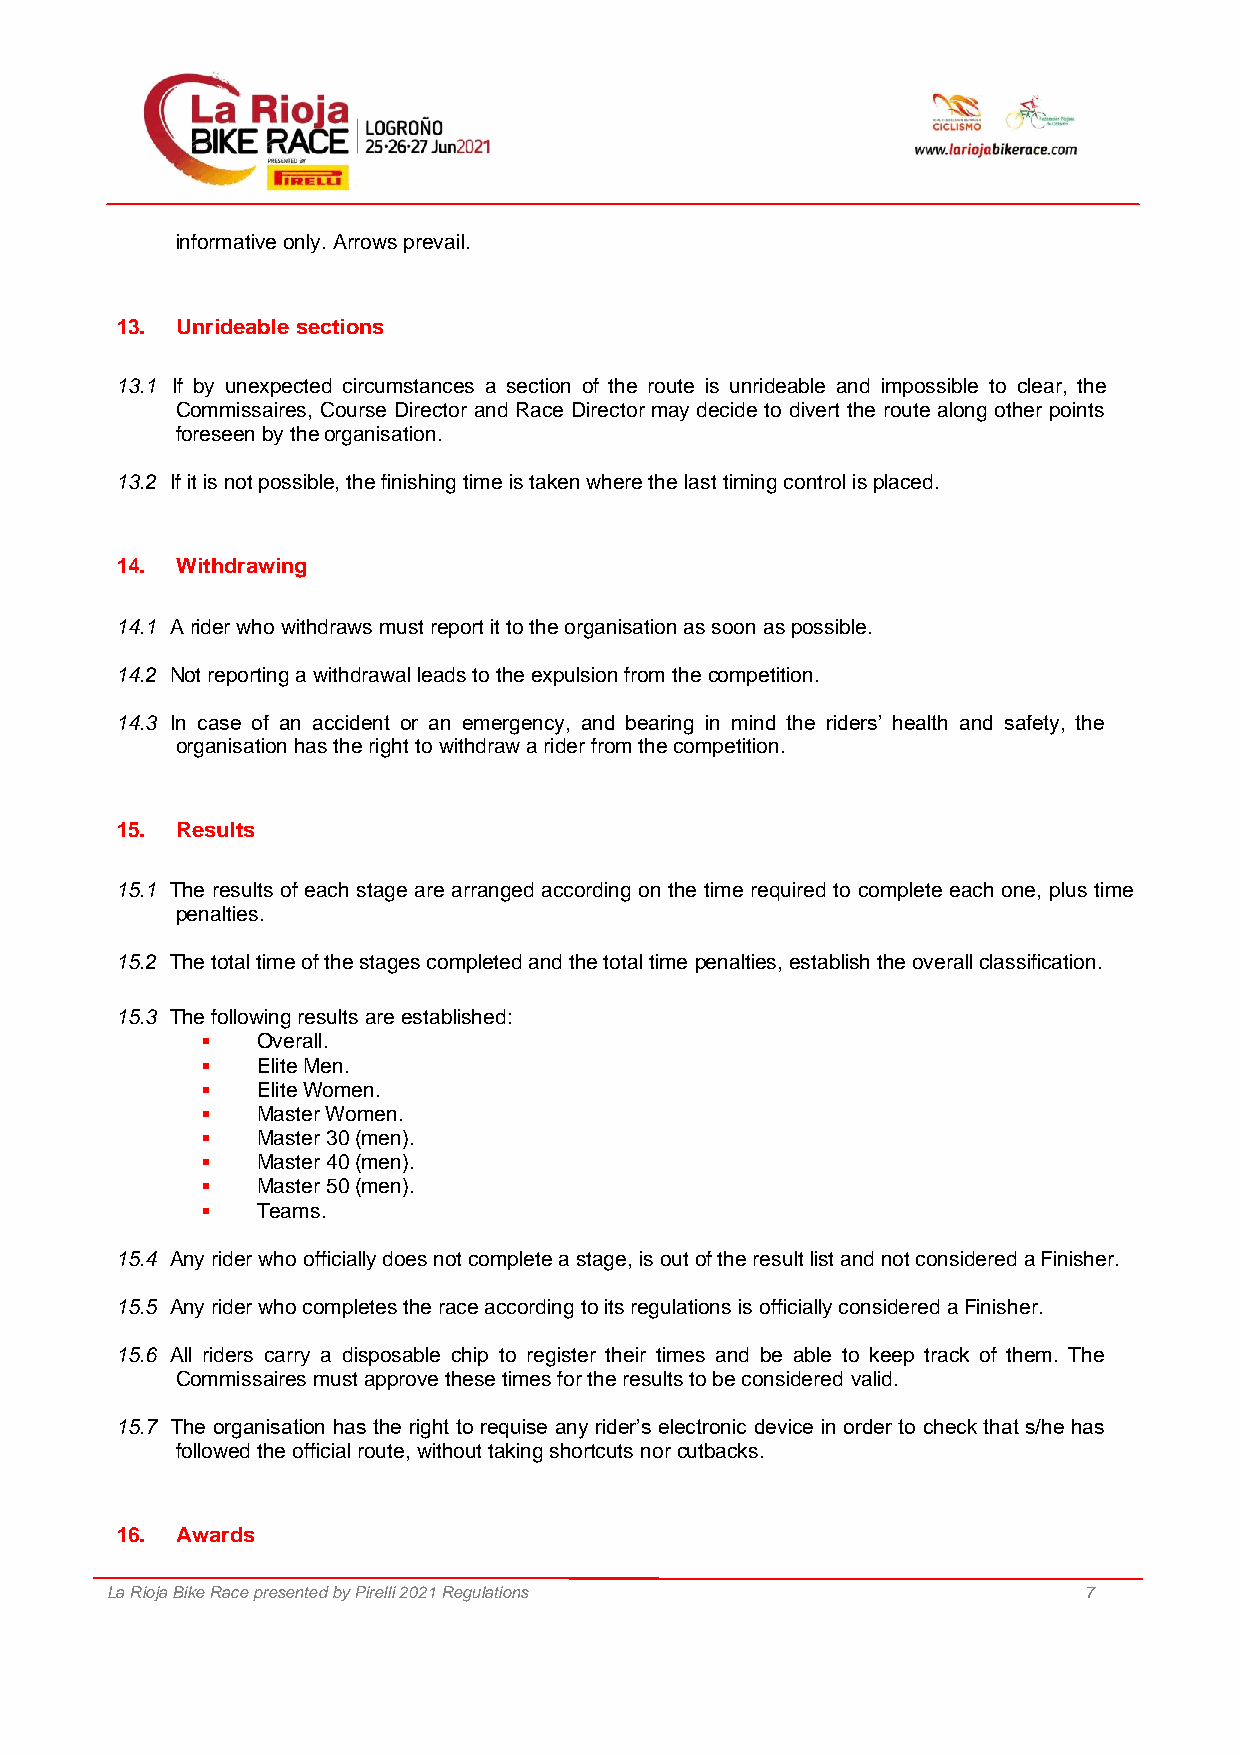
informative only. Arrows prevail.
 13. Unrideable sections
 13.1 If by unexpected circumstances a section of the route is unrideable and impossible to clear, the
 Commissaires, Course Director and Race Director may decide to divert the route along other points
 foreseen by the organisation.
 13.2 If it is not possible, the finishing time is taken where the last timing control is placed.
 14. Withdrawing
 14.1 A rider who withdraws must report it to the organisation as soon as possible.
 14.2 Not reporting a withdrawal leads to the expulsion from the competition.
 14.3 In case of an accident or an emergency, and bearing in mind the riders’ health and safety, the
 organisation has the right to withdraw a rider from the competition.
 15. Results
 15.1 The results of each stage are arranged according on the time required to complete each one, plus time
 penalties.
 15.2 The total time of the stages completed and the total time penalties, establish the overall classification.
 15.3 The following results are established:
 ▪   Overall.
 ▪   Elite Men.
 ▪   Elite Women.
 ▪   Master Women.
 ▪   Master 30 (men).
 ▪   Master 40 (men).
 ▪   Master 50 (men).
 ▪   Teams.
 15.4 Any rider who officially does not complete a stage, is out of the result list and not considered a Finisher.
 15.5 Any rider who completes the race according to its regulations is officially considered a Finisher.
 15.6 All riders carry a disposable chip to register their times and be able to keep track of them. The
 Commissaires must approve these times for the results to be considered valid.
 15.7 The organisation has the right to requise any rider’s electronic device in order to check that s/he has
 followed the official route, without taking shortcuts nor cutbacks.
 16. Awards
 La Rioja Bike Race presented by Pirelli 2021 Regulations         7